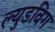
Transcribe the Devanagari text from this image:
ल्युडविग